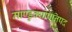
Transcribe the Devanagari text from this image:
माण्डुक्योपनिषद